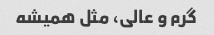
گرم و عالی، مثل همیشه